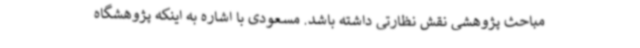
مباحث پژوهشی نقش نظارتی داشته باشد. مسعودی با اشاره به اینکه پژوهشگاه